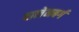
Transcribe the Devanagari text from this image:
वालेनबर्ग